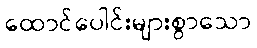
ထောင်ပေါင်းများစွာသော